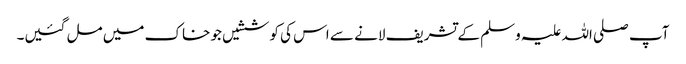
آپ صلی اللہ علیہ وسلم کے تشریف لانے سے اس کی کوششیں جو خاک میں مل گئیں۔